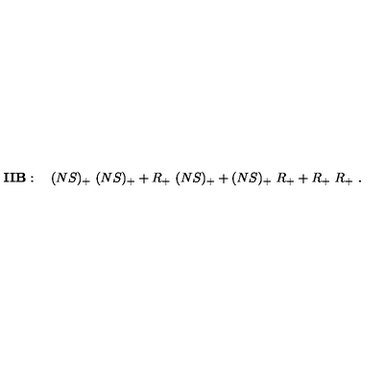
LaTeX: { \bf I I B } : \quad ( N S ) _ { + } \ ( N S ) _ { + } + R _ { + } \ ( N S ) _ { + } + ( N S ) _ { + } \ R _ { + } + R _ { + } \ R _ { + } \ .